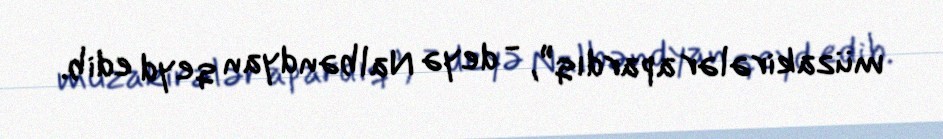
müzakirələr apardıq”, - deyə Nalbəndyan qeyd edib.